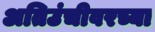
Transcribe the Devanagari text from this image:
अतिउंचीवरच्या